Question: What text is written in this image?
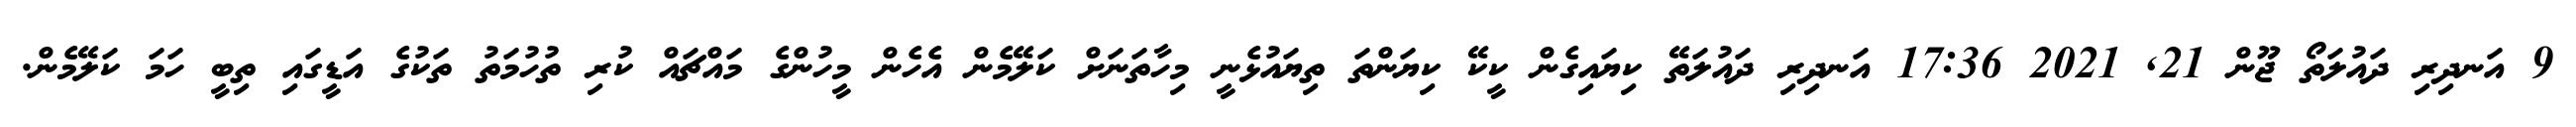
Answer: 9 އަނދިރި ދައުލަތޯ ޖޫން 21, 2021 17:36 އަނދިރި ދައުލަތޭ ކިޔައިގެން ކީކޭ ކިޔަންތަ ތިޔައުޅެނީ މިހާތަނަށް ކަލޭމެން އެހެން މީހުންގެ މައްޗައް ކުރި ތުހުމަތު ތަކުގެ އަޑީގައި ތިބީ ހަމަ ކަލޭމެން.